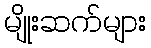
မျိုးဆက်များ